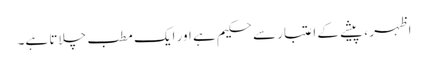
اظہر ، پیشے کے اعتبار سے حکیم ہے اور ایک مطب چلاتا ہے۔